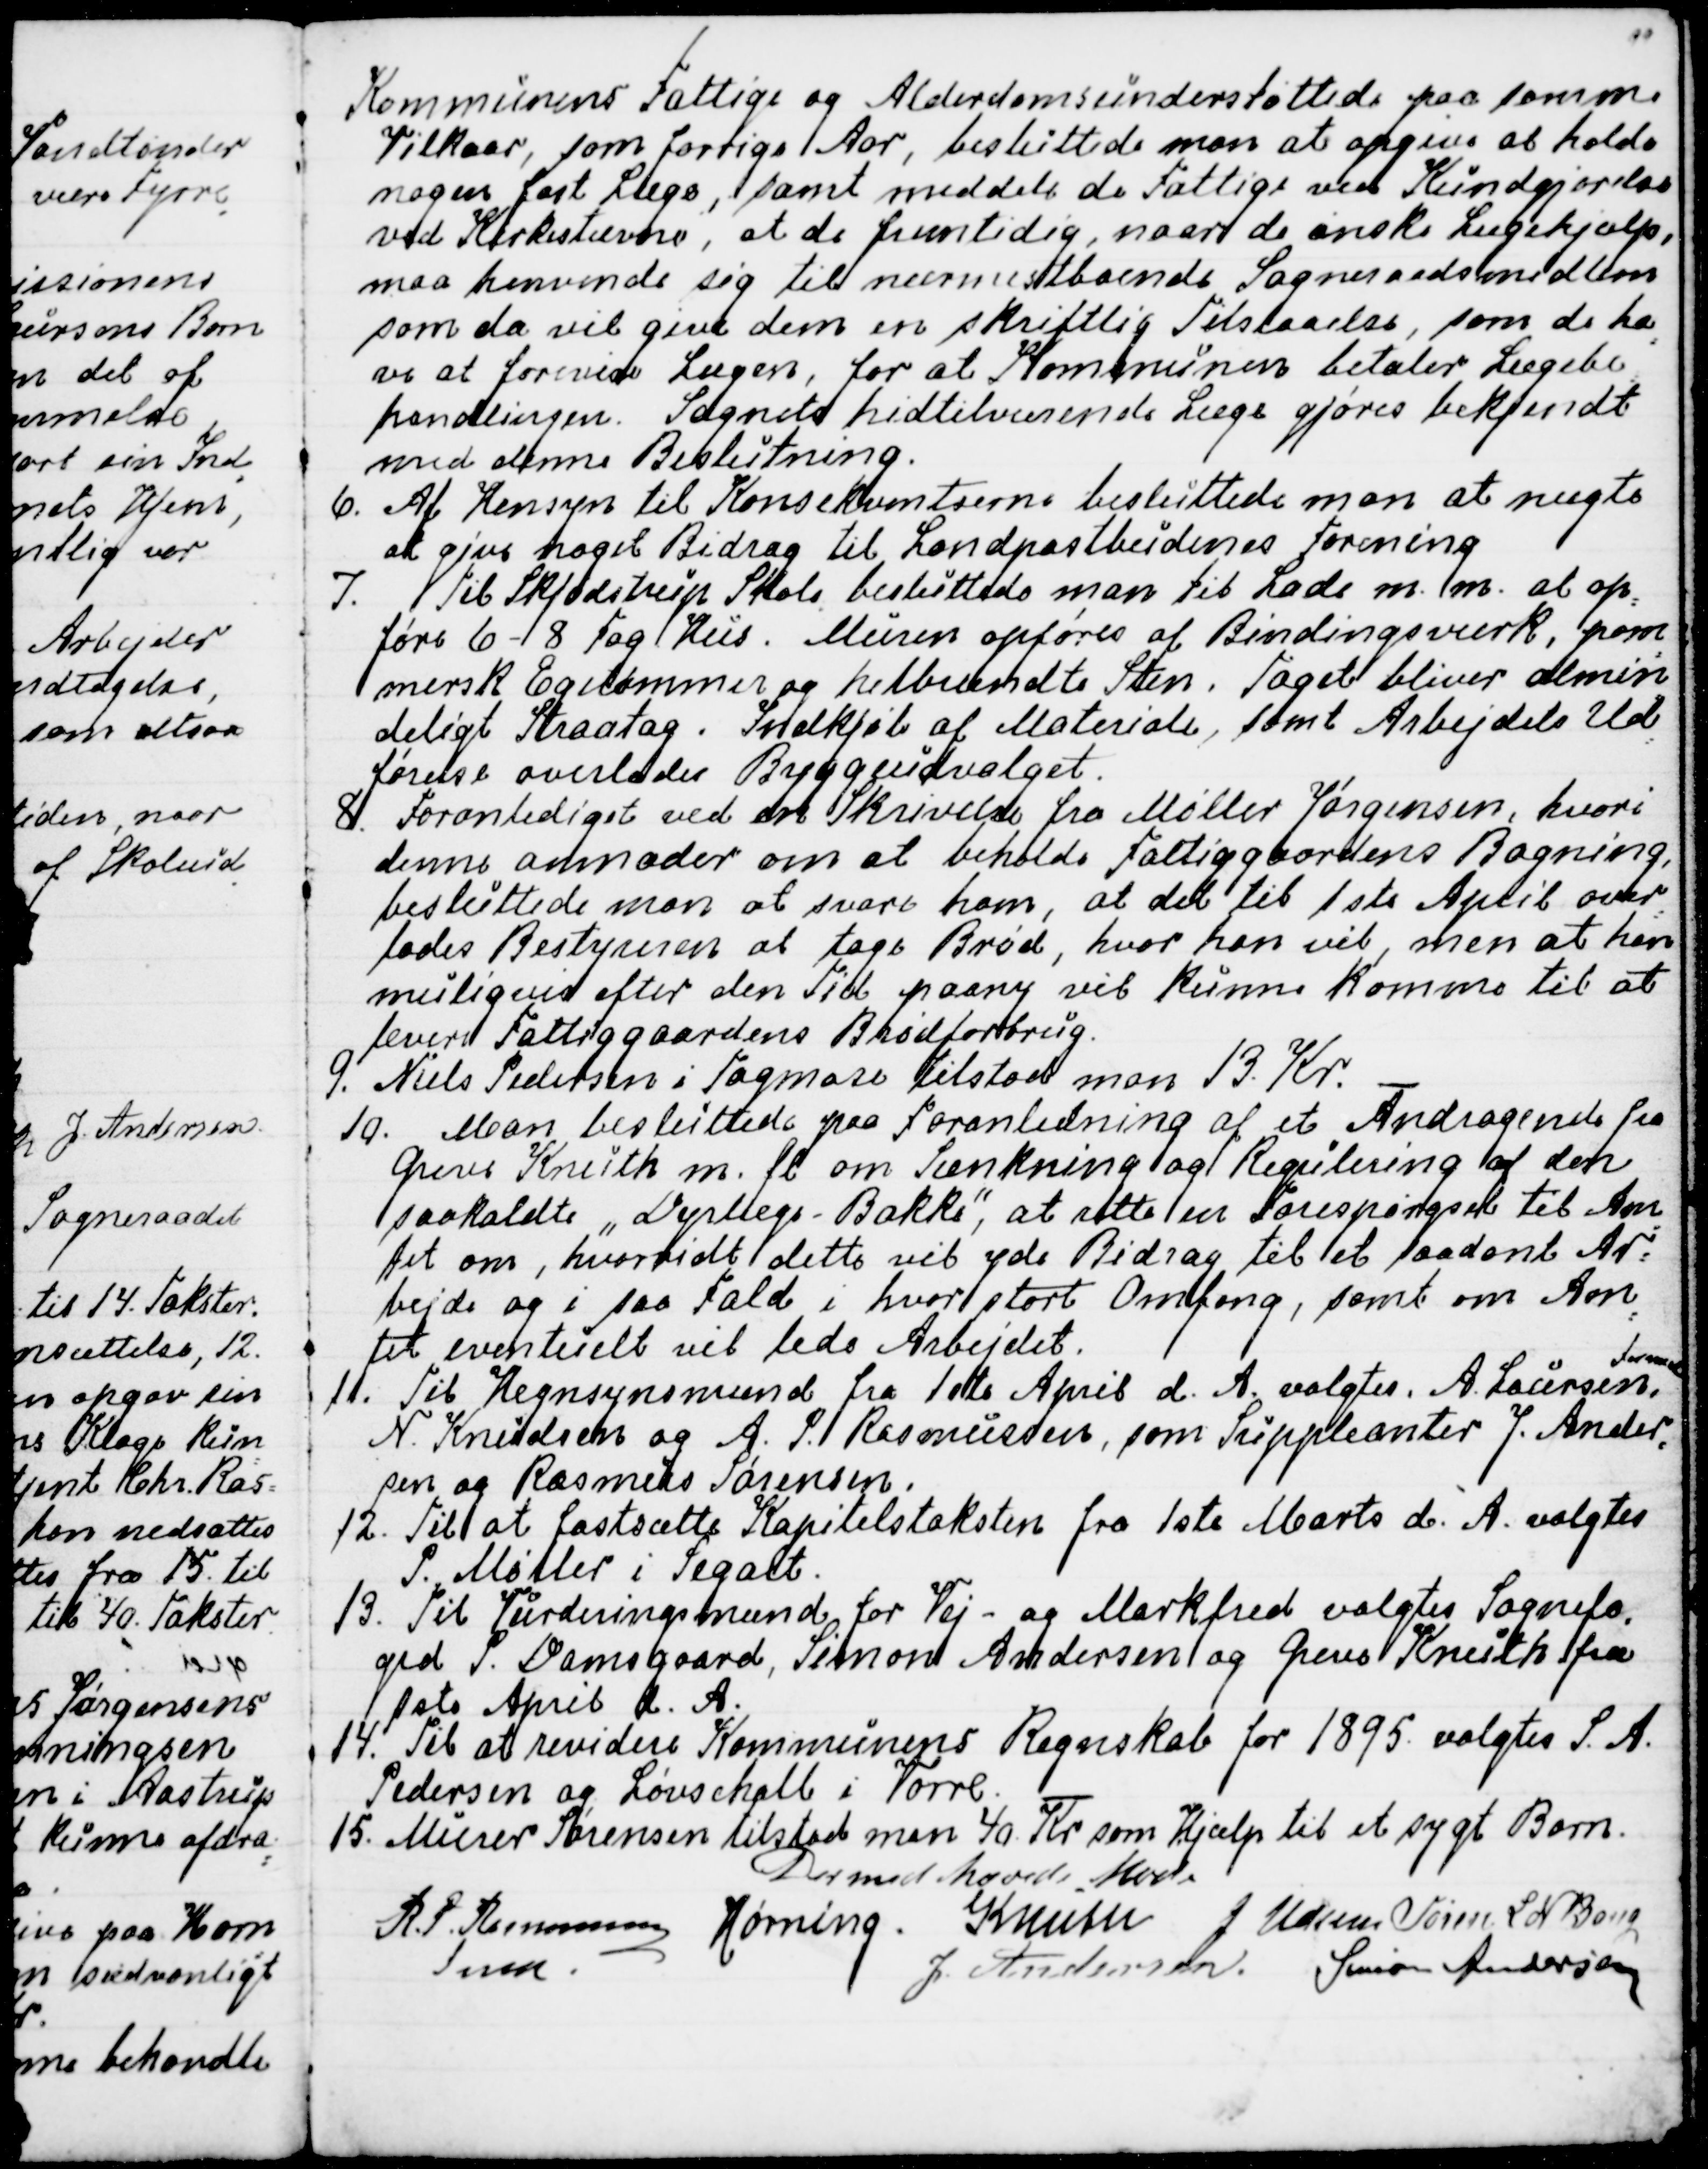
Transskription:
Kommunens Fattige og Alderdomsunderstøttede paa samme
Vilkaar, som forrige Aar, besluttede man at opgive at holde
nogen fast Læge, samt meddele de Fattige ved Kundgjørelse
ved Kirkestævne, at de fremtidig, naar de ønske Lægehjælp,
maa henvende sig til nærmestboende Sogneraadsmedlem
som da vil give dem en skriftlig Tilstaaelse, som de ha
-
ve at forevise Lægen, for at Kommunen betaler Lægebe
=
handlingen. Sognets hidtilværende Læge gjøres bekjendt
med denne Beslutning.
6. Af Hensyn til Konsekventserne besluttede man at nægte
at give noget Bidrag til Landpostbudenes Forening
7. Til Skjødstrup Skole besluttede man til Lade m. m. at op
=
føre 6 - 8 Fag Hus. Muren opføres af Bindingsværk, pom
=
mersk Egetømmer og helbrændte Sten. Taget bliver almin
=
deligt Straatag. Indkjøb af Materiale, samt Arbejdets Ud
=
førelse overlades Byggeudvalget.
8. Foranlediget ved en Skrivelse fra Møller Jørgensen, hvori
denne anmoder om at beholde Fattiggaardens Bagning,
besluttede man at svare ham, at det til 1 ste April over
=
lades Bestyreren at tage Brød, hvor han vil, men at han
muligvis efter den Tid paany vil kunne komme til at
levere Fattiggaardens Brødforbrug.
9. Niels Pedersen i Tagmose tilstod man 13. Kr.
10. Man besluttede paa Foranledning af et Andragende fra
Greve Knuth m. fl. om Sænkning og Regulering af den
saakaldte "Dyrlæge-Bakke", at rette en Forespørgsel til Am
=
tet om, hvorvidt dette vil yde Bidrag til et saadant Ar=
bejde og i saa Fald i hvor stort Omfang, samt om Am
=
tet eventuelt vil lede Arbejdet.
11. Til Hegnsynsmænd fra 1 ste April d. A. valgtes A Laursen,
Formand
N. Knudsen og A. P. Rasmussen, som Suppleanter J. Ander
=
sen og Rasmus Sørensen.
12. Til at fastsætte Kapitelstaksten fra 1 ste Marts d. A. valgtes
P. Møller i Segalt.
13. Til Vurderingsmand for Vej- og Markfred valgtes Sognefo
=
ged P. Damsgaard, Simon Andersen og Greve Knuth fra
1 ste April d. A.
14. Til at revidere Kommunens Regnskab for 1895 valgtes S. A. 
Pedersen og Løvschall i Vorre.
15. Murer Sørensen tilstod man 40. Kr som Hjælp til et sygt Born.
Dermed hæveds Mødet
R. P. Rasmussen
Fmd.
Hørning
Knuth
J Udsen
Søren. L N Bang
J. Andersen.
Simon Andersen